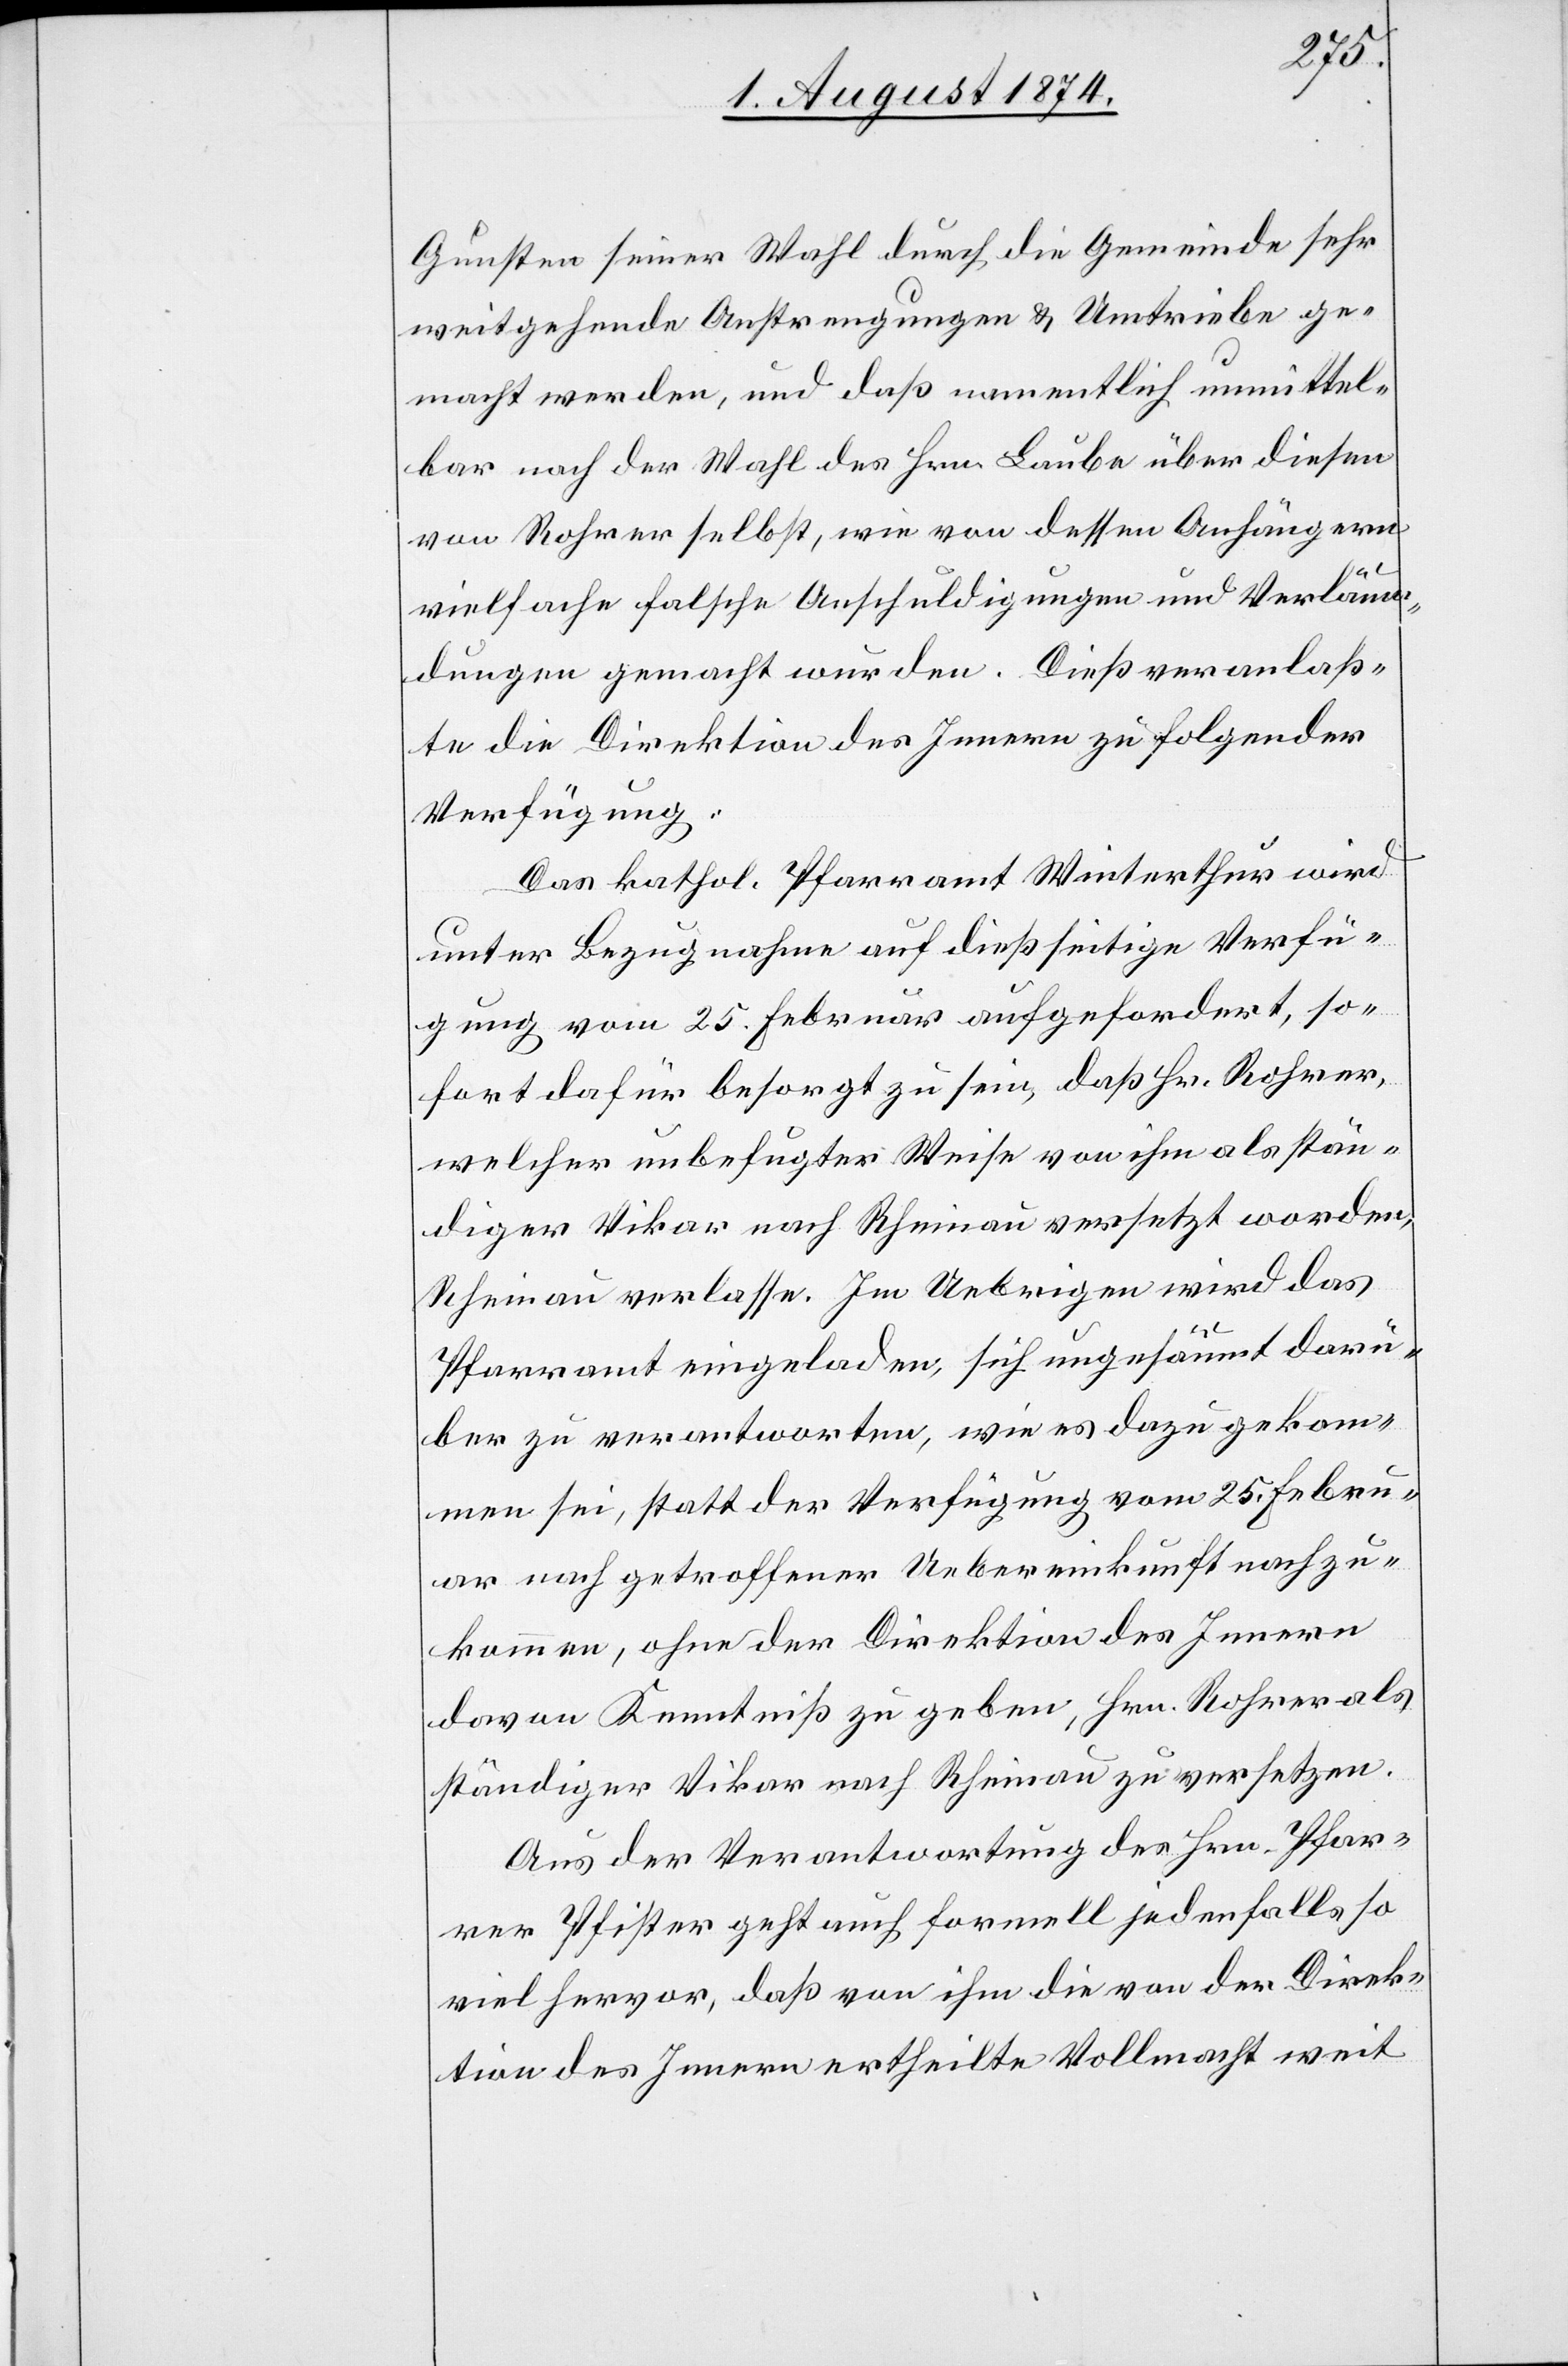
Gunsten seiner Wahl durch die Gemeinde sehr
weitgehende Anstrengungen u. Umtriebe ge¬
macht werden, und daß namentlich unmittel¬
bar nach der Wahl des Hrn. Laube über diesen
von Rohrer selbst, wie von dessen Anhängern
vielfache falsche Anschuldigungen und Verläum¬
dungen gemacht wurden. Dieß veranlaß¬
te die Direktion des Innern zu folgender
Verfügung:
Das kathol. Pfarramt Winterthur wird
unter Bezugnahme auf dießseitige Verfü¬
gung vom 25. Februar aufgefordert, so¬
fort dafür besorgt zu sein, daß Hr. Rohrer,
welcher unbefugter Weise von ihm als stän¬
diger Vikar nach Rheinau versetzt worden,
Rheinau verlasse. Im Uebrigen wird das
Pfarramt eingeladen, sich ungesäumt darü¬
ber zu verantworten, wie es dazu gekom¬
men sei, statt der Verfügung vom 25. Febru¬
ar nach getroffener Uebereinkunft nachzu¬
kommen, ohne der Direktion des Innern
davon Kenntniß zu geben, Hrn. Rohrer als
ständiger Vikar nach Rheinau zu versetzen.
Aus der Verantwortung des Hrn. Pfar¬
rer Pfister geht auch formell jedenfalls so
viel hervor, daß von ihm die von der Direk¬
tion des Innern ertheilte Vollmacht weit